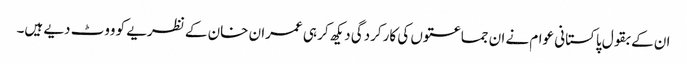
ان کے بقول پاکستانی عوام نے ان جماعتوں کی کارکردگی دیکھ کر ہی عمران خان کے نظریے کو ووٹ دیے ہیں۔